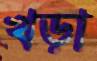
খড়া